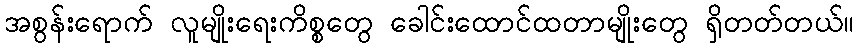
အစွန်းရောက် လူမျိုးရေးကိစ္စတွေ ခေါင်းထောင်ထတာမျိုးတွေ ရှိတတ်တယ်။